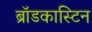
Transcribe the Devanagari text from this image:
ब्रॉडकास्टिन